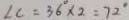
\angle C = 3 6 ^ { \circ } \times 2 = 7 2 ^ { \circ }